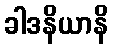
ခါဒနိယာနိ